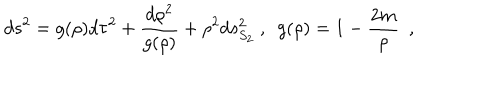
LaTeX: d s ^ { 2 } = g ( \rho ) d \tau ^ { 2 } + { \frac { d \rho ^ { 2 } } { g ( \rho ) } } + \rho ^ { 2 } d s _ { S _ { 2 } } ^ { 2 } ~ , ~ ~ g ( \rho ) = 1 - { \frac { 2 m } { \rho } } ~ ~ ,